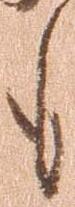
も